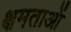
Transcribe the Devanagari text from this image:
क्षमताआें